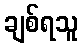
ချစ်ရသူ